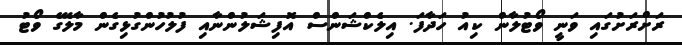
ރަށްރަށުގައި ވަނީ ވޯޓުލާން ކިއު ހަދާފަ. އިލެކްޝަންސް އޮފިޝަލުންނާއި ފުލުހުންގުޅިގެން މާލޭގެ ވޯޓު